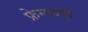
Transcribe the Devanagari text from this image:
फ्रेमच्या